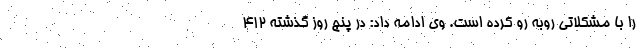
را با مشکلاتی روبه رو کرده است. وی ادامه داد: در پنج روز گذشته ۴۱۲